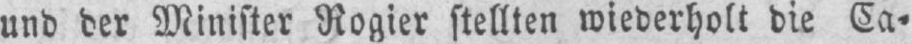
und der Minister Rogier stellten wiederholt die Ca⸗